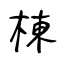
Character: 棟